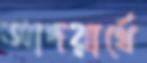
আদরার্থে